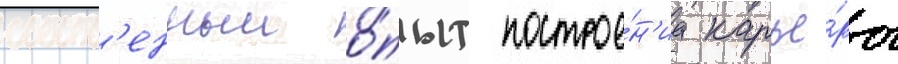
собств'енныи о́пыт построе́н'иа карье́ры